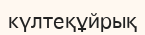
күлтеқұйрық